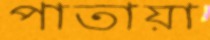
পাতায়া